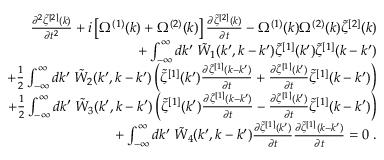
\begin{array} { r l r } & { } & { \frac { \partial ^ { 2 } \tilde { \zeta } ^ { [ 2 ] } ( k ) } { \partial t ^ { 2 } } + i \left[ \Omega ^ { ( 1 ) } ( k ) + \Omega ^ { ( 2 ) } ( k ) \right] \frac { \partial \tilde { \zeta } ^ { [ 2 ] } ( k ) } { \partial t } - \Omega ^ { ( 1 ) } ( k ) \Omega ^ { ( 2 ) } ( k ) \tilde { \zeta } ^ { [ 2 ] } ( k ) } \\ & { } & { + \int _ { - \infty } ^ { \infty } d k ^ { \prime } \; \tilde { W } _ { 1 } ( k ^ { \prime } , k - k ^ { \prime } ) \tilde { \zeta } ^ { [ 1 ] } ( k ^ { \prime } ) \tilde { \zeta } ^ { [ 1 ] } ( k - k ^ { \prime } ) } \\ & { } & { + \frac { 1 } { 2 } \int _ { - \infty } ^ { \infty } d k ^ { \prime } \; \tilde { W } _ { 2 } ( k ^ { \prime } , k - k ^ { \prime } ) \left( \tilde { \zeta } ^ { [ 1 ] } ( k ^ { \prime } ) \frac { \partial \tilde { \zeta } ^ { [ 1 ] } ( k - k ^ { \prime } ) } { \partial t } + \frac { \partial \tilde { \zeta } ^ { [ 1 ] } ( k ^ { \prime } ) } { \partial t } \tilde { \zeta } ^ { [ 1 ] } ( k - k ^ { \prime } ) \right) } \\ & { } & { + \frac { 1 } { 2 } \int _ { - \infty } ^ { \infty } d k ^ { \prime } \; \tilde { W } _ { 3 } ( k ^ { \prime } , k - k ^ { \prime } ) \left( \tilde { \zeta } ^ { [ 1 ] } ( k ^ { \prime } ) \frac { \partial \tilde { \zeta } ^ { [ 1 ] } ( k - k ^ { \prime } ) } { \partial t } - \frac { \partial \tilde { \zeta } ^ { [ 1 ] } ( k ^ { \prime } ) } { \partial t } \tilde { \zeta } ^ { [ 1 ] } ( k - k ^ { \prime } ) \right) } \\ & { } & { + \int _ { - \infty } ^ { \infty } d k ^ { \prime } \; \tilde { W } _ { 4 } ( k ^ { \prime } , k - k ^ { \prime } ) \frac { \partial \tilde { \zeta } ^ { [ 1 ] } ( k ^ { \prime } ) } { \partial t } \frac { \partial \tilde { \zeta } ^ { [ 1 ] } ( k - k ^ { \prime } ) } { \partial t } = 0 \; . } \end{array}